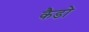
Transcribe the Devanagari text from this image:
कैडो